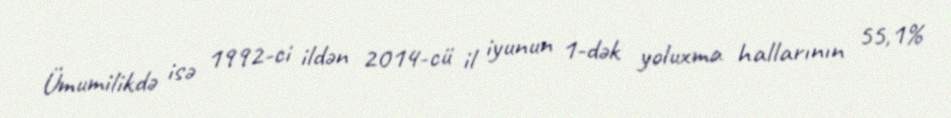
Ümumilikdə isə 1992-ci ildən 2014-cü il iyunun 1-dək yoluxma hallarının 55,1%